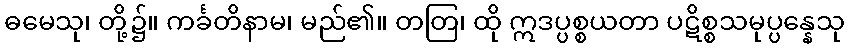
ဓမေသု၊ တို့၌။ ကင်္ခတိနာမ၊ မည်၏။ တတြ၊ ထို ဣဒပ္ပစ္စယတာ ပဋိစ္စသမုပ္ပန္နေသု